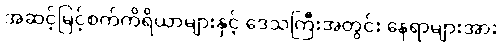
အဆင့်မြင့်စက်ကိရိယာများနှင့် ဒေသကြီးအတွင်း နေရာများအား